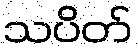
သပိတ်